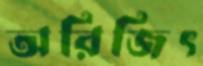
অরিজিৎ